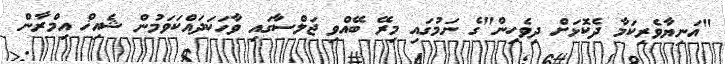
"އަނިޔާވެރިކަމާ ދެކޮޅަށް ދިވެހިން"ގެ ނަމުގައި މިރޭ ބޭއްވި ޖަލްސާގައި ވާހަކަދައްކަވަމުން ޝެއިޚް އިމްރާން